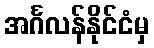
အင်္ဂလန်နိုင်ငံမှ